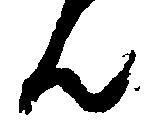
ん